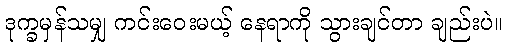
ဒုက္ခမှန်သမျှ ကင်းဝေးမယ့် နေရာကို သွားချင်တာ ချည်းပဲ။